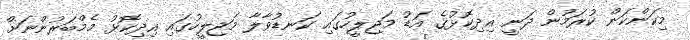
މިކަންކަން ކުރަމުން ދަނީ އިދިކޮޅުގެ އަޑު މަޖިލީހުގައި ކަނޑުވާލާ މަޖިލީހުގައި އިދިކޮޅު މެމްބަރުންނަށް